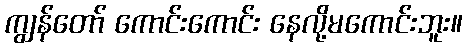
ကျွန်တော် ကောင်းကောင်း နေလို့မကောင်းဘူး။